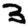
Digit: 3